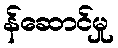
န်ဆောင်မှု